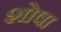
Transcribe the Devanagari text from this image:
शोषा